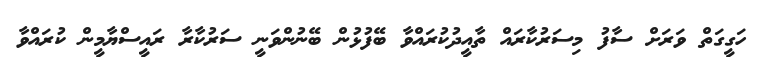
ހަގީގަތް ވަރަށް ސާފު މިސަރުކާރައް ތާއީދުކުރައްވާ ބޭފުޅުން ބޭނުންވަނީ ސަރުކާރާ ރައީސްޔާމީން ކުރައްވާ